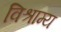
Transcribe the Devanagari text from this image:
विश्राम्य